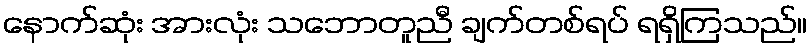
နောက်ဆုံး အားလုံး သဘောတူညီ ချက်တစ်ရပ် ရရှိကြသည်။